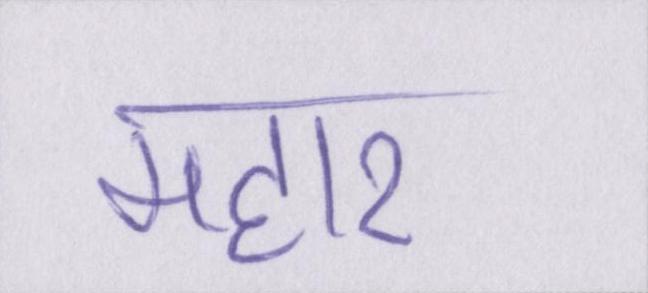
महार